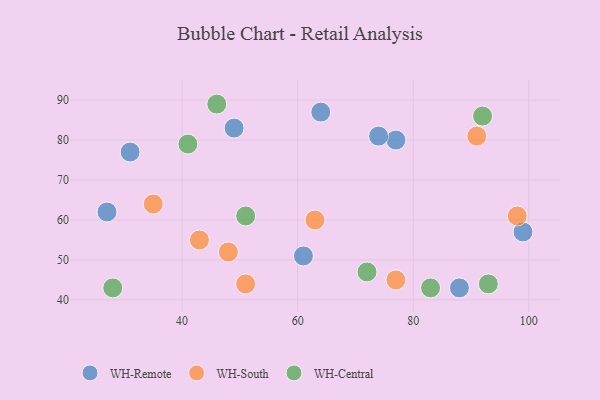
{"axis": {"x": "GDP", "y": "Life Expectancy"}, "legend": ["WH-Central", "WH-Remote", "WH-South"], "data": [{"x": "77", "y": 80, "type": "WH-Remote"}, {"x": "61", "y": 51, "type": "WH-Remote"}, {"x": "99", "y": 57, "type": "WH-Remote"}, {"x": "64", "y": 87, "type": "WH-Remote"}, {"x": "74", "y": 81, "type": "WH-Remote"}, {"x": "88", "y": 43, "type": "WH-Remote"}, {"x": "49", "y": 83, "type": "WH-Remote"}, {"x": "27", "y": 62, "type": "WH-Remote"}, {"x": "31", "y": 77, "type": "WH-Remote"}, {"x": "43", "y": 55, "type": "WH-South"}, {"x": "91", "y": 81, "type": "WH-South"}, {"x": "48", "y": 52, "type": "WH-South"}, {"x": "35", "y": 64, "type": "WH-South"}, {"x": "63", "y": 60, "type": "WH-South"}, {"x": "51", "y": 44, "type": "WH-South"}, {"x": "98", "y": 61, "type": "WH-South"}, {"x": "77", "y": 45, "type": "WH-South"}, {"x": "46", "y": 89, "type": "WH-Central"}, {"x": "92", "y": 86, "type": "WH-Central"}, {"x": "51", "y": 61, "type": "WH-Central"}, {"x": "83", "y": 43, "type": "WH-Central"}, {"x": "28", "y": 43, "type": "WH-Central"}, {"x": "93", "y": 44, "type": "WH-Central"}, {"x": "72", "y": 47, "type": "WH-Central"}, {"x": "41", "y": 79, "type": "WH-Central"}]}